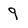
Character: 9